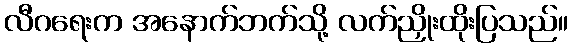
လီဂရေးက အနောက်ဘက်သို့ လက်ညှိုးထိုးပြသည်။